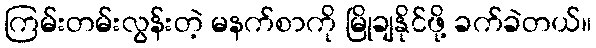
ကြမ်းတမ်းလွန်းတဲ့ မနက်စာကို မြိုချနိုင်ဖို့ ခက်ခဲတယ်။